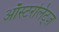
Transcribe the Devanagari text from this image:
ऑस्टरलिट्ज़